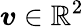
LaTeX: \boldsymbol{v}\in\mathbb{R}^{2}